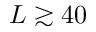
L \gtrsim 4 0